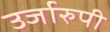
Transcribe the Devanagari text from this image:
उर्जारुपी